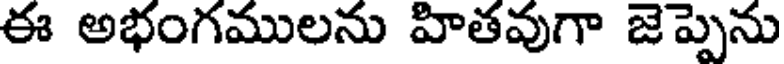
ఈ అభంగములను హితవుగా జెప్పెను